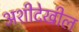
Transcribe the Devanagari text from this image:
अशीदेखील